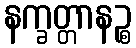
နက္ခတ္တာနဉ္စ